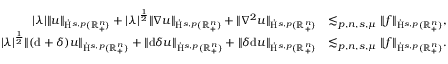
\begin{array} { r l } { \lvert \lambda \rvert \lVert u \rVert _ { \dot { \mathrm { H } } ^ { s , p } ( \mathbb { R } _ { + } ^ { n } ) } + \lvert \lambda \rvert ^ { \frac { 1 } { 2 } } \lVert \nabla u \rVert _ { \dot { \mathrm { H } } ^ { s , p } ( \mathbb { R } _ { + } ^ { n } ) } + \lVert \nabla ^ { 2 } u \rVert _ { \dot { \mathrm { H } } ^ { s , p } ( \mathbb { R } _ { + } ^ { n } ) } } & { \lesssim _ { p , n , s , \mu } \lVert f \rVert _ { \dot { \mathrm { H } } ^ { s , p } ( \mathbb { R } _ { + } ^ { n } ) } \mathrm { , ~ } } \\ { \lvert \lambda \rvert ^ { \frac { 1 } { 2 } } \lVert ( \mathrm { d } + \delta ) u \rVert _ { \dot { \mathrm { H } } ^ { s , p } ( \mathbb { R } _ { + } ^ { n } ) } + \lVert \mathrm { d } \delta u \rVert _ { \dot { \mathrm { H } } ^ { s , p } ( \mathbb { R } _ { + } ^ { n } ) } + \lVert \delta \mathrm { d } u \rVert _ { \dot { \mathrm { H } } ^ { s , p } ( \mathbb { R } _ { + } ^ { n } ) } } & { \lesssim _ { p , n , s , \mu } \lVert f \rVert _ { \dot { \mathrm { H } } ^ { s , p } ( \mathbb { R } _ { + } ^ { n } ) } \mathrm { . ~ } } \end{array}